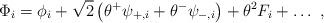
LaTeX: \begin{align*}\Phi_i = \phi_{i}+\sqrt{2} \left(\theta^+ \psi_{+,i} + \theta^- \psi_{-,i} \right) + \theta^2 F_{i} + \ldots \ ,\end{align*}